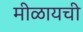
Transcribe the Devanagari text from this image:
मीळायची